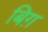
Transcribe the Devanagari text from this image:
बिग़